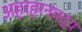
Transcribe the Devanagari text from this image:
अहरहरनवद्यं